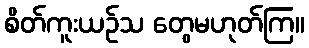
စိတ်ကူးယဉ်သ တွေမဟုတ်ကြ။